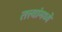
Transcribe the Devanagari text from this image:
तत्त्वांमध्ये